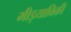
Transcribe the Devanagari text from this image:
मीड़याविकी